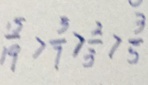
\frac { 1 5 } { 1 9 } > \frac { 5 } { 7 } > \frac { 2 } { 3 } > \frac { 3 } { 5 }